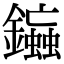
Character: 䥰